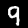
Label: 9